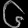
Digit: ၆